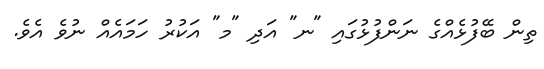
ތިން ބޭފުޅެއްގެ ނަންފުޅުގައި "ނ" އަދި "މ" އަކުރު ހަމައެއް ނުވެ އެވެ.